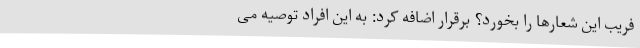
فریب این شعارها را بخورد؟ برقرار اضافه کرد: به این افراد توصیه می